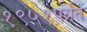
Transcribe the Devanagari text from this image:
१९५१पर्यंत